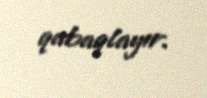
qabaqlayır.